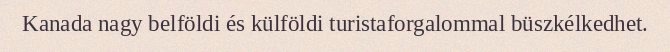
Kanada nagy belföldi és külföldi turistaforgalommal büszkélkedhet.